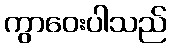
ကွာဝေးပါသည်